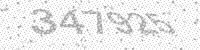
Solution: 347925